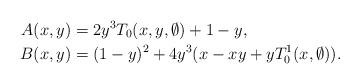
LaTeX: \begin{align*}A(x,y)&= 2y^3 T_0(x,y,\emptyset) + 1 - y, \\B(x,y) &= (1-y)^2 + 4y^3(x - xy + yT_0^1(x,\emptyset)).\end{align*}